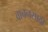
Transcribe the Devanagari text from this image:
वाचनसाठी